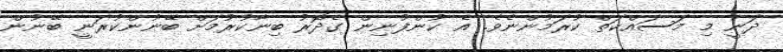
ދަނީ މި މަސައްކަތް ކުރަމުންނެވެ. އެ ކުންފުނިން ގެދޮރު ބިނާކުރުމަށް ބޭނުންކުރަނީ ބޭނުން